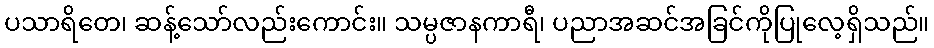
ပသာရိတေ၊ ဆန့်သော်လည်းကောင်း။ သမ္ပဇာနကာရီ၊ ပညာအဆင်အခြင်ကိုပြုလေ့ရှိသည်။